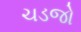
ચડજો